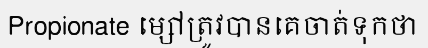
Propionate ម្សៅត្រូវបានគេចាត់ទុកថា